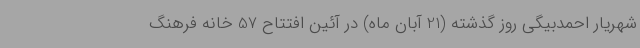
شهریار احمدبیگی روز گذشته (21 آبان ماه) در آئین افتتاح 57 خانه فرهنگ